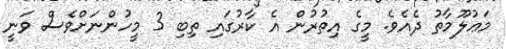
މަޢުލޫމާތު ދެއެވެ. މީގެ އިތުރުން އެ ކާރުގައި ތިބި 3 މީހުންނަށްވެސް ވަނީ